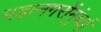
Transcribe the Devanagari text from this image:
महानगरोंमुंबई